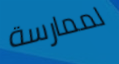
لممارسة